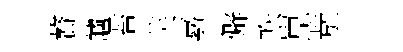
贅艫苔芙嘉僻帙崑㢤